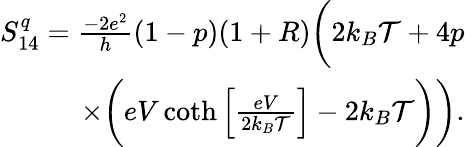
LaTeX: \begin{array}{r}{S_{14}^{q}=\frac{-2e^{2}}{h}(1-p)(1+R)\bigg(2k_{B}\mathcal{T}+4p}\\ {\times\bigg(eV\coth\left[\frac{eV}{2k_{B}\mathcal{T}}\right]-2k_{B}\mathcal{T}\bigg)\bigg).}\end{array}